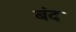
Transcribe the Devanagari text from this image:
बंद